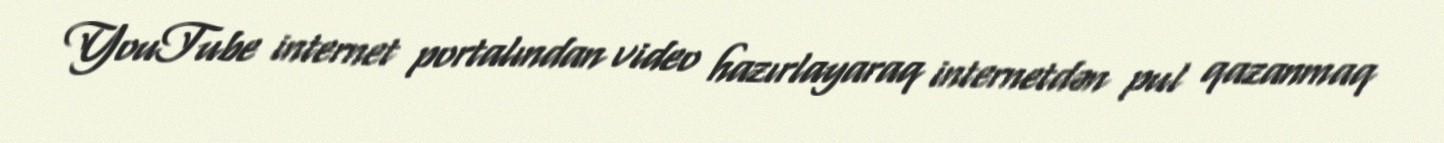
YouTube internet portalından video hazırlayaraq internetdən pul qazanmaq